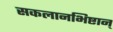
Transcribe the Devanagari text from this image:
सकलानभिष्टान्